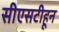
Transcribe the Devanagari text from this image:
सीएसटीहून